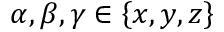
\alpha , \beta , \gamma \in \left\lbrace x , y , z \right\rbrace